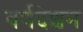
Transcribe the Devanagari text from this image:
वर्णदेशन